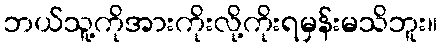
ဘယ်သူ့ကိုအားကိုးလို့ကိုးရမှန်းမသိဘူး။